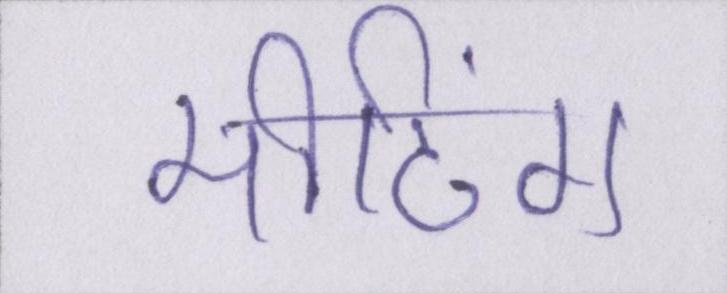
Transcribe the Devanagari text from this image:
मीटिंग